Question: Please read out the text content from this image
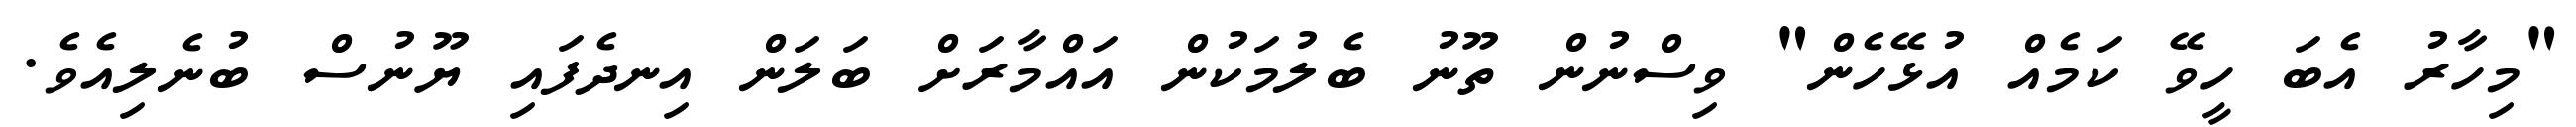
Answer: "މިހާރު އެބަ ހީވޭ ކަމެއް އުޅޭހެން" ވިސްނުން ތޫނު ބެލުމަކުން އައްމާރަށް ބަލަން އިނދެފައި ޔޫނުސް ބުނެލިއެވެ.